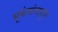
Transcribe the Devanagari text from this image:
भूकंपांपासून